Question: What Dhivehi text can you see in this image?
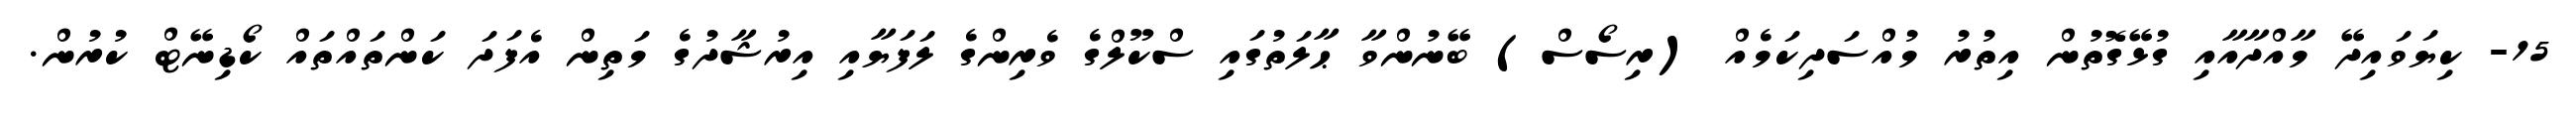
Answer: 15- ކިޔަވައިދޭ މާއްދާއާއި ގުޅޭގޮތުން އިތުރު މުއްސަދިކަމެއް (ރިސޯސް) ބޭނުންވާ ޙާލަތުގައި ސްކޫލްގެ ވެރިންގެ ލަފަޔާއި އިރުޝާދުގެ މަތިން އެފަދަ ކަންތައްތައް ކޯޑިނޭޓް ކުރުން.